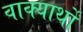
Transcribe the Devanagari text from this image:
वाक्यार्थों